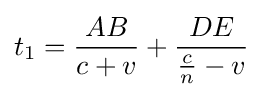
t_{1}={\frac {AB}{c+v}}+{\frac {DE}{{\frac {c}{n}}-v}}\